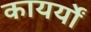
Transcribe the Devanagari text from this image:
कायर्यों